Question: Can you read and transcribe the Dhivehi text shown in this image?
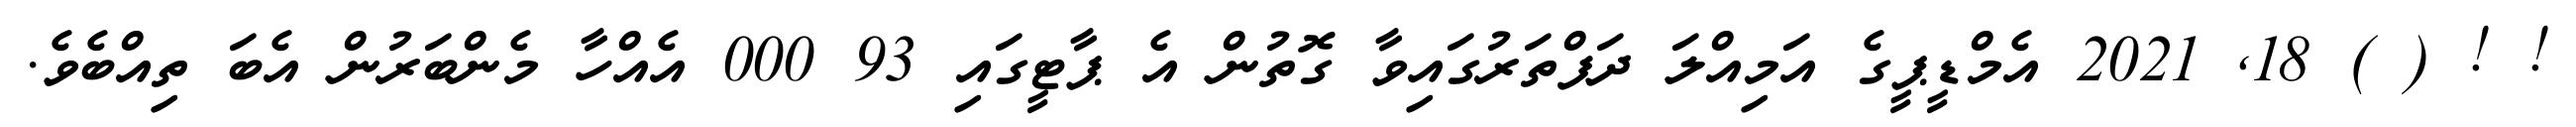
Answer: ! ! ( ) 18, 2021 އެމްޑީޕީގެ އަމިއްލަ ދަފްތަރުގައިވާ ގޮތުން އެ ޕާޓީގައި 93 000 އެއްހާ މެންބަރުން އެބަ ތިއްބެވެ.